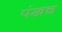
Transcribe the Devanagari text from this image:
पंखच